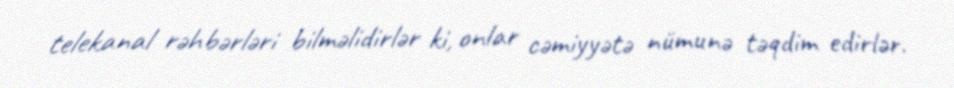
telekanal rəhbərləri bilməlidirlər ki, onlar cəmiyyətə nümunə təqdim edirlər.